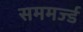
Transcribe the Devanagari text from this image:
सममर्ज्ड